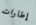
إطارات